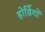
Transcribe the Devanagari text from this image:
होर्डिगों